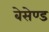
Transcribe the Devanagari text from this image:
बेसेण्ड